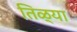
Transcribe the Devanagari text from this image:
तिळ्या